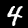
Digit: 4